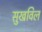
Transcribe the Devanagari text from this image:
सुखविल